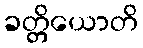
ခတ္တိယောတိ